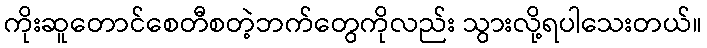
ကိုးဆူတောင်စေတီစတဲ့ဘက်တွေကိုလည်း သွားလို့ရပါသေးတယ်။